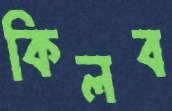
কিলব